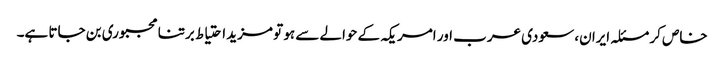
خاص کر مسئلہ ایران، سعودی عرب اور امریکہ کے حوالے سے ہو تو مزید احتیاط برتنا مجبوری بن جاتا ہے۔